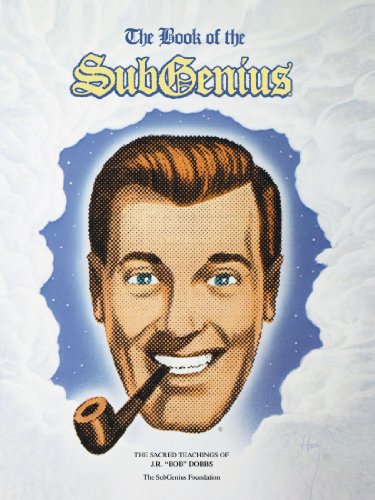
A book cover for The Book of the SubGenius : The Sacred Teachings of J.R. 'Bob' Dobbs; J.R. Dobbs; Humor & Entertainment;